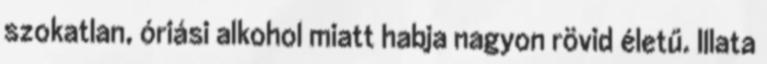
szokatlan, óriási alkohol miatt habja nagyon rövid életű. Illata